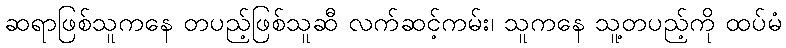
ဆရာဖြစ်သူကနေ တပည့်ဖြစ်သူဆီ လက်ဆင့်ကမ်း၊ သူကနေ သူ့တပည့်ကို ထပ်မံ